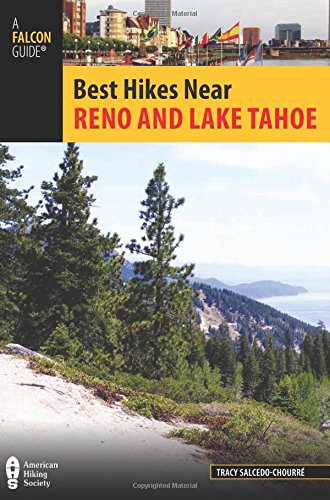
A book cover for Best Hikes Near Reno and Lake Tahoe (Best Hikes Near Series); Tracy Salcedo-ChourrÃ©; Travel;